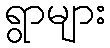
ရွာများ